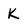
Character: K